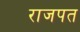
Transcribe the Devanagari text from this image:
राजपत